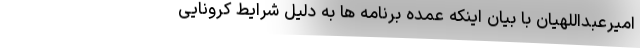
امیرعبداللهیان با بیان اینکه عمده برنامه ها به دلیل شرایط کرونایی